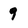
Character: 9